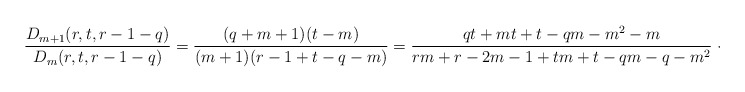
\begin{align*}\frac{D_{m+1}(r,t,r-1-q)}{D_m(r,t,r-1-q)}=\frac{(q+m+1)(t-m)}{(m+1)(r-1+t-q-m)}=\frac{qt+mt+t-qm-m^2-m}{rm+r-2m-1+tm+t-qm-q-m^2}<1,\end{align*}